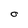
Character: O